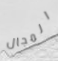
المجال